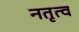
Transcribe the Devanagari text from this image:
नतृत्व